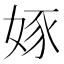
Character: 𡝍